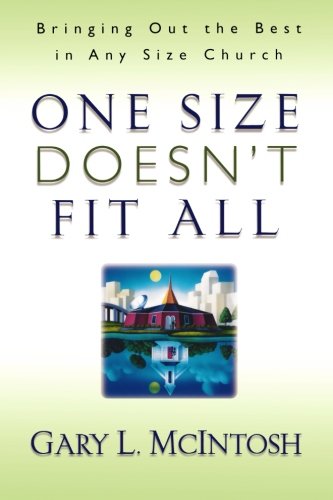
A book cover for One Size Doesn't Fit All: Bringing Out the Best in Any Size Church; Gary L. McIntosh; Christian Books & Bibles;